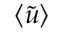
\left\langle \tilde { u } \right\rangle